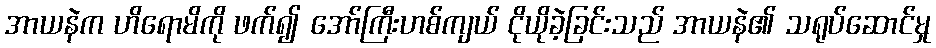
အာယနဲက ဟိရောမိကို ဖက်၍ အော်ကြီးဟစ်ကျယ် ငိုယိုခဲ့ခြင်းသည် အာယနဲ၏ သရုပ်ဆောင်မှု